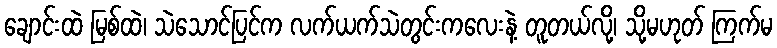
ချောင်းထဲ မြစ်ထဲ၊ သဲသောင်ပြင်က လက်ယက်သဲတွင်းကလေးနဲ့ တူတယ်လို့၊ သို့မဟုတ် ကြက်မ